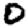
Digit: 0